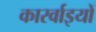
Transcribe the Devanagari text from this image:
कारर्वाइयों